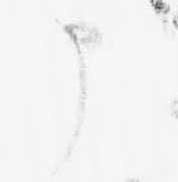
申